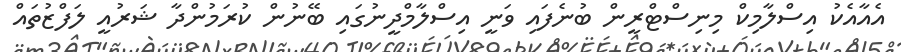
އެއާއެކު އިސްލާމިކް މިނިސްޓްރީން ބުނެފައި ވަނީ އިސްލާމްދީނުގައި ބޭނުން ކުރަމުންދާ ޝަރުއީ ލަފްޒުތައް